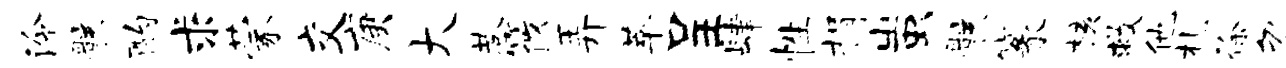
泠骸酌求蒙交庚大巷筱弄萃呈肆性捐蚩骸篆核救他札徐忽